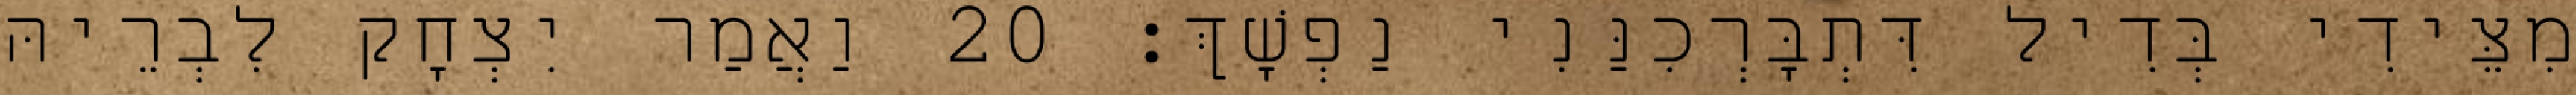
מִצֵּידִי בְּדִיל דִּתְבָּרְכִנַּנִי נַפְשָׁךְ׃ 20 וַאֲמַר יִצְחָק לִבְרֵיהּ